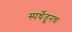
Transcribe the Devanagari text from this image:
स्पर्धेतूनच